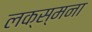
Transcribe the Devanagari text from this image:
लक्स्मना